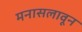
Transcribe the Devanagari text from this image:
मनासलावून